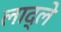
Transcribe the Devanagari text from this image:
लाद्ले